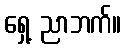
ရှေ့ ညာဘက်။